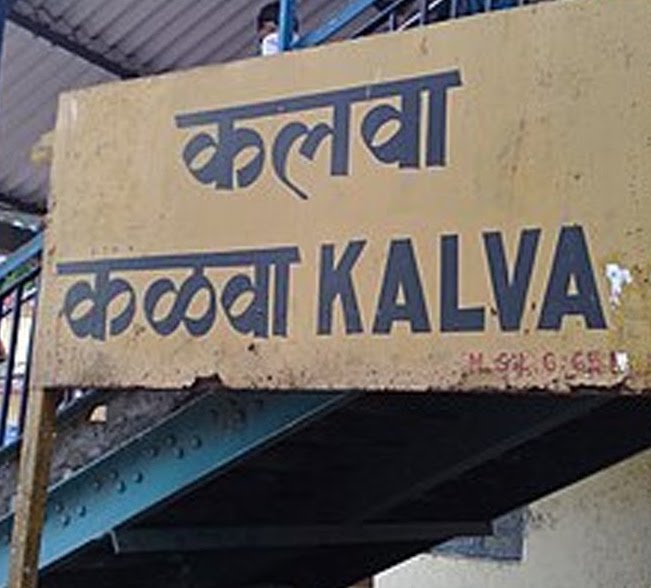
Language: marathi
Transcription: कळवा